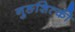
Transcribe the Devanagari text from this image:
नुङशित्की